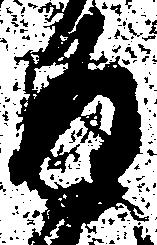
返